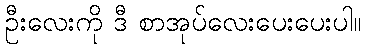
ဦးလေးကို ဒီ စာအုပ်လေးပေးပေးပါ။